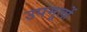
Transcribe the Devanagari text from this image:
उपमूलों